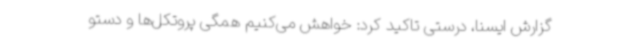
گزارش ایسنا، درستی تاکید کرد: خواهش می‌کنیم همگی پروتکل‌ها و دستو